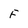
Character: F